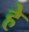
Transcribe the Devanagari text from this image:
हे